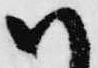
御